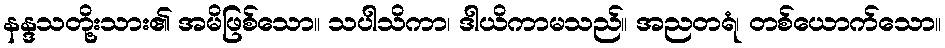
နန္ဒသတို့းသား၏ အမိဖြစ်သော။ သပါသိကာ၊ ဒါယိကာမသည်။ အညတရံ၊ တစ်ယောက်သော။